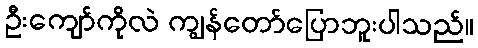
ဦးကျော်ကိုလဲ ကျွန်တော်ပြောဘူးပါသည်။